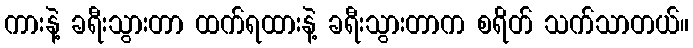
ကားနဲ့ ခရီးသွားတာ ထက်ရထားနဲ့ ခရီးသွားတာက စရိတ် သက်သာတယ်။